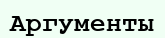
Аргументы